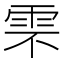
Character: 𩂆